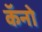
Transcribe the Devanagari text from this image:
कॅनो